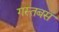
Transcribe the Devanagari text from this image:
गस्तबस